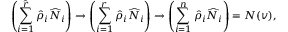
\left( \sum _ { i = 1 } ^ { \ensuremath { \hat { r } } } \ensuremath { \hat { \rho } } _ { i } \ensuremath { \widehat { N } } _ { i } \right) \to \left( \sum _ { i = 1 } ^ { r } \ensuremath { \hat { \rho } } _ { i } \ensuremath { \widehat { N } } _ { i } \right) \to \left( \sum _ { i = 1 } ^ { n } \ensuremath { \hat { \rho } } _ { i } \ensuremath { \widehat { N } } _ { i } \right) = N ( v ) ,